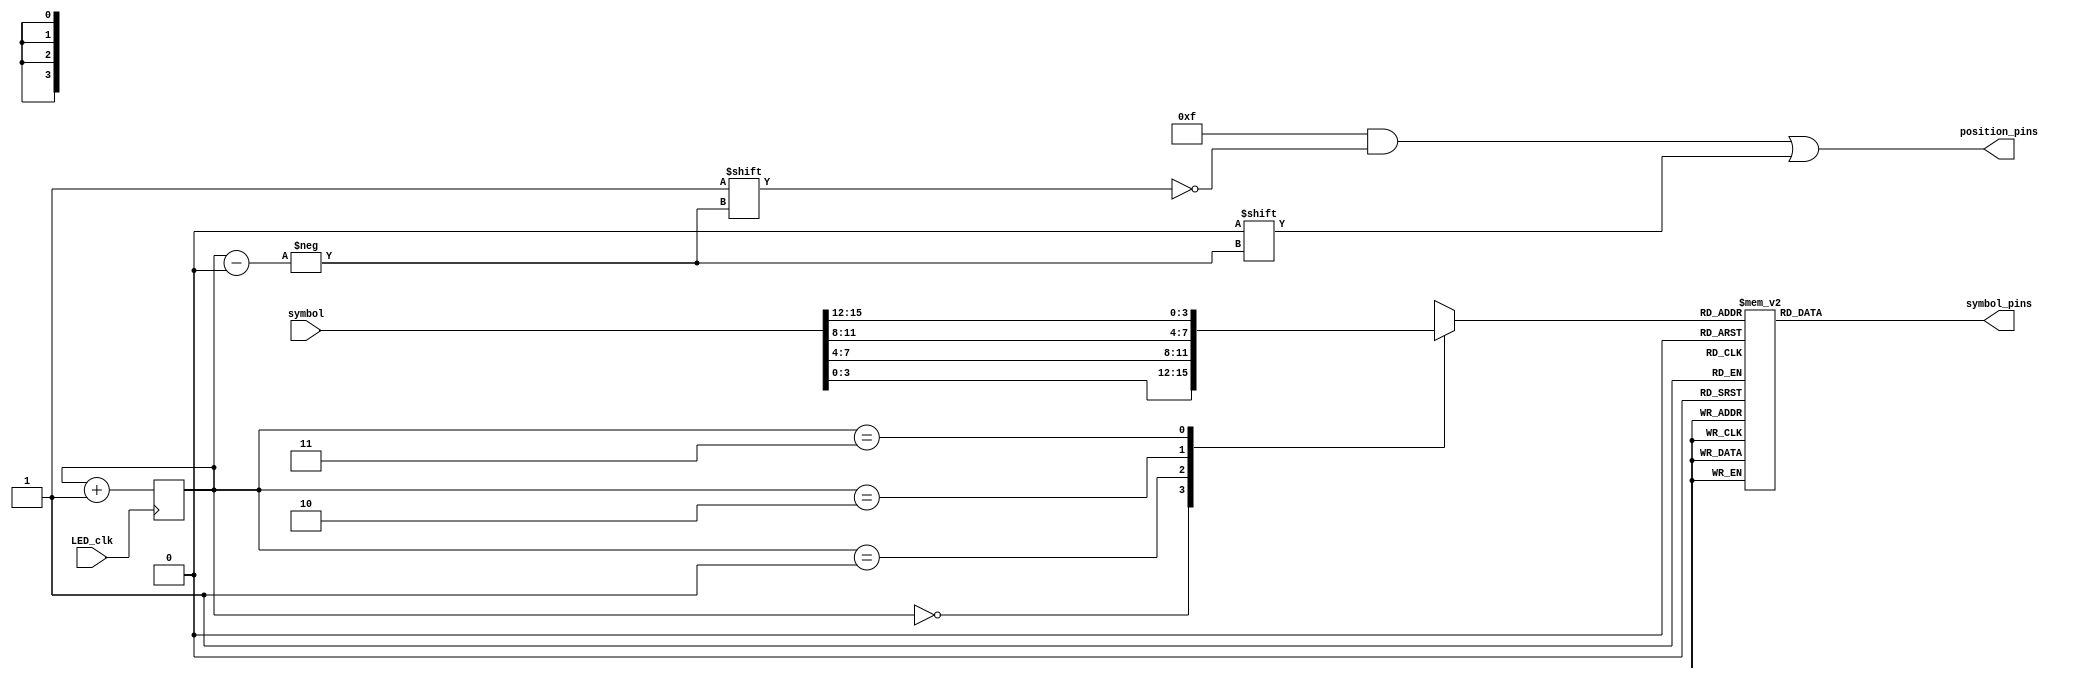
`timescale 1ns / 1ps

module seven_seg_disp(
    input  wire LED_clk,
    input  wire [15 : 0] symbol,

    output reg  [7 : 0] symbol_pins,//pgfedcba
    output reg  [3 : 0] position_pins
    );
    
wire [3 : 0] numbs [3 : 0];
assign numbs[0] = symbol[ 3 : 0];
assign numbs[1] = symbol[ 7 : 4];
assign numbs[2] = symbol[11 : 8];
assign numbs[3] = symbol[15 : 12];      
    
initial
    begin
    symbol_pins = 0;
    position_pins = 0;
    end
    
reg [1 : 0] position = 0;

always@(*)
    begin
    
    position_pins           = 4'b1111;
    position_pins[position] = 0;
    
    case (numbs[position])
    
     0: symbol_pins = ~8'b00111111; 
     1: symbol_pins = ~8'b00000110;
     2: symbol_pins = ~8'b01011011;
     3: symbol_pins = ~8'b01001111;
     4: symbol_pins = ~8'b01100110;
     5: symbol_pins = ~8'b01101101;
     6: symbol_pins = ~8'b01111101;
     7: symbol_pins = ~8'b00000111;
     8: symbol_pins = ~8'b01111111;
     9: symbol_pins = ~8'b01101111;
    10: symbol_pins = ~8'b01110111; 
    11: symbol_pins = ~8'b01111010;
    12: symbol_pins = ~8'b00111001;
    13: symbol_pins = ~8'b01011110;
    14: symbol_pins = ~8'b01111001;
    15: symbol_pins = ~8'b01110001;
    
    endcase
    
    end

always@(posedge LED_clk)
    begin 
    
    position <= position + 1;
    
    end

endmodule